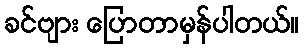
ခင်ဗျား ပြောတာမှန်ပါတယ်။